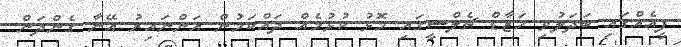
ފީއެއްގައި ބަދަލުވި ހަޒާޑް ޗެލްސީގައި މޮޅު ކުޅުމެއް ދައްކަމުން އަންނައިރު އޭނާ ގެންދަން